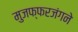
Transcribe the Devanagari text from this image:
मुजफ्फरजंगने